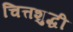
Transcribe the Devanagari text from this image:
चित्तशुद्धी